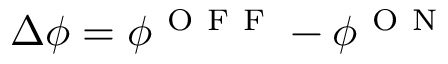
\Delta \phi = \phi ^ { \mathrm { ~ O ~ F ~ F ~ } } - \phi ^ { \mathrm { ~ O ~ N ~ } }